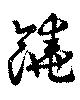
饒